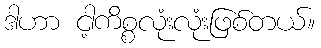
ဒါဟာ ငါ့ကိစ္စလုံးလုံးဖြစ်တယ်။